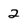
Character: 2